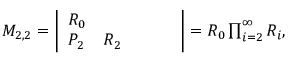
\begin{array} { r } { M _ { 2 , 2 } = \left| \begin{array} { l l l l l } { R _ { 0 } } & { } & { } & { } & { } \\ { P _ { 2 } } & { R _ { 2 } } & { } & { } & { } \end{array} \right| = R _ { 0 } \prod _ { i = 2 } ^ { \infty } R _ { i } , } \end{array}